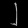
Digit: ၂